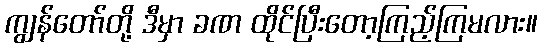
ကျွန်တော်တို့ ဒီမှာ ခဏ ထိုင်ပြီးတော့ကြည့်ကြမလား။